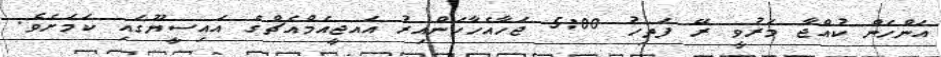
އަންހެން ކުއްޖާ މަރުވީ ރޭ ފަތިހު 5:00 ޖަހާއެހާކަންއިރު އައޖީއެމްއެޗްގެ އައިސީޔޫގައި ކަމަށެވެ.